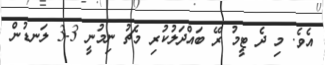
އެވެ. މި ދެ ޓީމު ރޭ ބައްދަލުކުރި މެޗު ނިމުނީ 3-3 ލަނޑުން